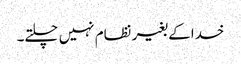
خدا کے بغیر نظام نہیں چلتے۔